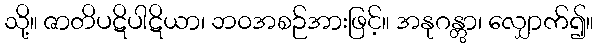
သို့။ ဇာတိပဋိပါဋိယာ၊ ဘဝအစဉ်အားဖြင့်။ အနုဂန္တွာ၊ လျှောက်၍။